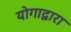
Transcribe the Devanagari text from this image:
योगाद्वारा